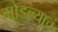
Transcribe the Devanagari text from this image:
मोडल्याचं